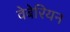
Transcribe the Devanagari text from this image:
वेबेरियन